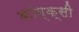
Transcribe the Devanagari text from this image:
कांग्क्सी